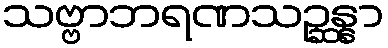
သဗ္ဗာဘရဏသဉ္ဆန္နာ